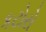
કટોરો